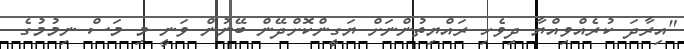
"އިރާދަ ކުރެއްވިއްޔާ ދިވެހި ރައްޔިތުންނަށް ޔަގީންކޮށްދޭން ބޭނުން ވަނީ މި މަސް ނިމުމުގެ